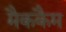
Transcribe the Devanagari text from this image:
मैककैम